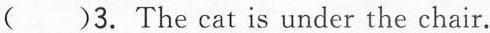
( )3. The cat is under the chair.